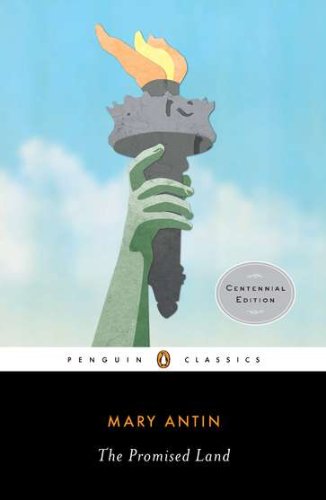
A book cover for The Promised Land (Penguin Classics); Mary Antin; Literature & Fiction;